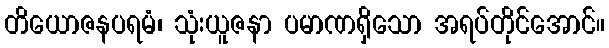
တိယောဇနပရမံ၊ သုံးယူဇနာ ပမာဏရှိသော အရပ်တိုင်အောင်။